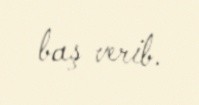
baş verib.